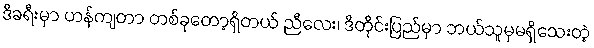
ဒီခရီးမှာ ဟန်ကျတာ တစ်ခုတော့ရှိတယ် ညီလေး၊ ဒီတိုင်းပြည်မှာ ဘယ်သူမှမရှိသေးတဲ့